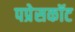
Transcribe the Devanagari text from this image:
पप्रेसकॉट